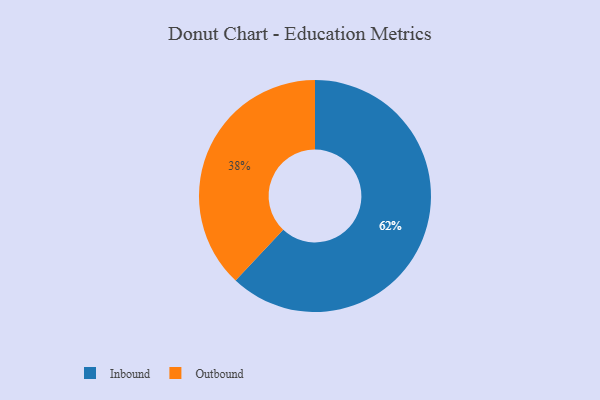
{"axis": {"x": "Category", "y": "Percentage"}, "legend": ["Inbound", "Outbound"], "data": [{"x": "Inbound", "y": 62, "type": "Inbound"}, {"x": "Outbound", "y": 38, "type": "Outbound"}]}